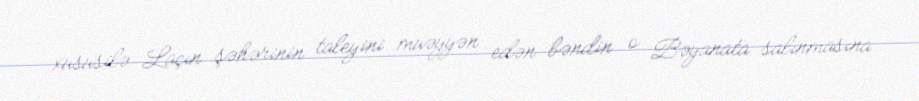
xüsusilə Laçın şəhərinin taleyini müəyyən edən bəndin o Bəyanata salınmasına